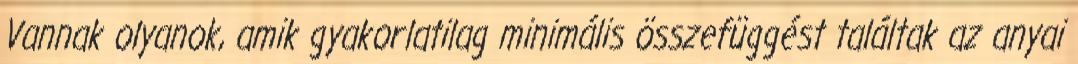
Vannak olyanok, amik gyakorlatilag minimális összefüggést találtak az anyai